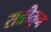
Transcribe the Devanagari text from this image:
रात्रीतुन